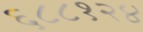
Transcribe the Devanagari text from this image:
६८८१२४